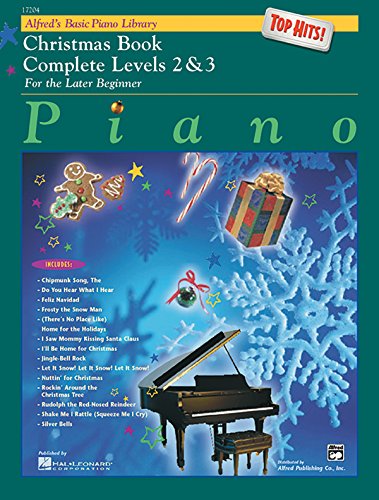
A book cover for Alfred's Basic Piano Library: Christmas Book Complete Levels 2 & 3 (Top Hits! Christmas); Humor & Entertainment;